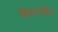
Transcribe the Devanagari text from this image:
हिस्टडीन